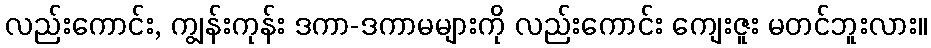
လည်းကောင်း, ကျွန်းကုန်း ဒကာ-ဒကာမများကို လည်းကောင်း ကျေးဇူး မတင်ဘူးလား။